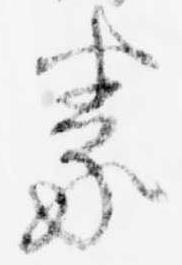
義